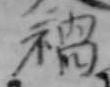
禍